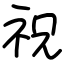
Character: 祝